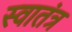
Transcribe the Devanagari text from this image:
स्‍वातंत्र